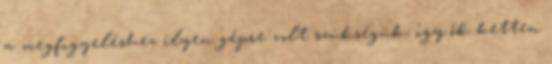
a megfigyeléshez ilyen gépre volt szükségük, így ők ketten